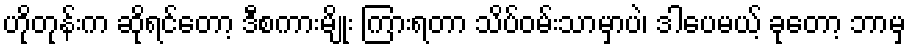
ဟိုတုန်းက ဆိုရင်တော့ ဒီစကားမျိုး ကြားရတာ သိပ်ဝမ်းသာမှာပဲ၊ ဒါပေမယ့် ခုတော့ ဘာမှ